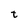
Character: t